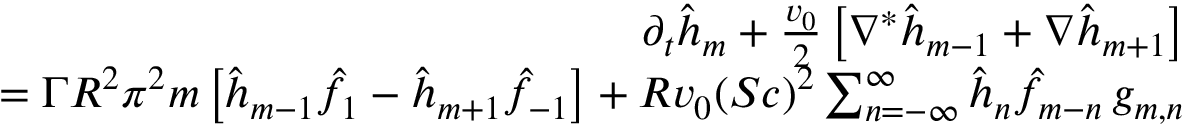
\begin{array} { r l r } & { } & { \partial _ { t } \hat { h } _ { m } + { \frac { v _ { 0 } } { 2 } } \left[ \nabla ^ { * } \hat { h } _ { m - 1 } + \nabla \hat { h } _ { m + 1 } \right] } \\ & { } & { = \Gamma R ^ { 2 } \pi ^ { 2 } m \left[ \hat { h } _ { m - 1 } \hat { f } _ { 1 } - \hat { h } _ { m + 1 } \hat { f } _ { - 1 } \right] + R v _ { 0 } ( S c ) ^ { 2 } \sum _ { n = - \infty } ^ { \infty } \hat { h } _ { n } \hat { f } _ { m - n } \, g _ { m , n } } \end{array}